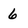
Character: 6